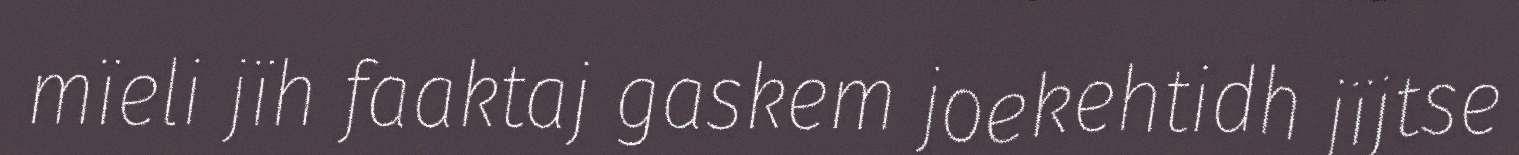
mïeli jïh faaktaj gaskem joekehtidh jïjtse